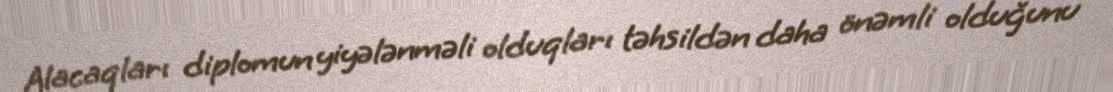
Alacaqları diplomun yiyələnməli olduqları təhsildən daha önəmli olduğunu